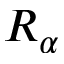
R _ { \alpha }